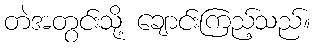
တဲအတွင်းသို့ ချောင်းကြည့်သည်။